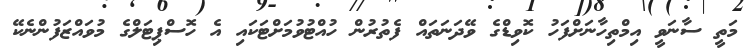
މަތީ ސާނަވީ އިމްތިހާނަށްފަހު ކޮވިޑްގެ ވޭދަނަތައް ފެތުރުން ހުއްޓުވުމަށްޓަކައި އެ ހޮސްޕިޓަލްގެ މުވައްޒަފުންނެކޭ